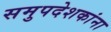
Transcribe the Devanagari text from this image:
समुपदेशकांना